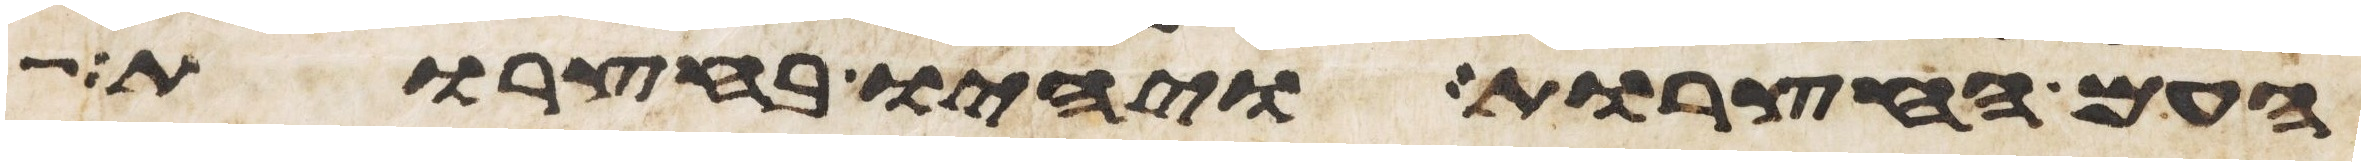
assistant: העם החצרות ויהיו בחצרות